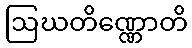
ဩဃတိဏ္ဏောတိ